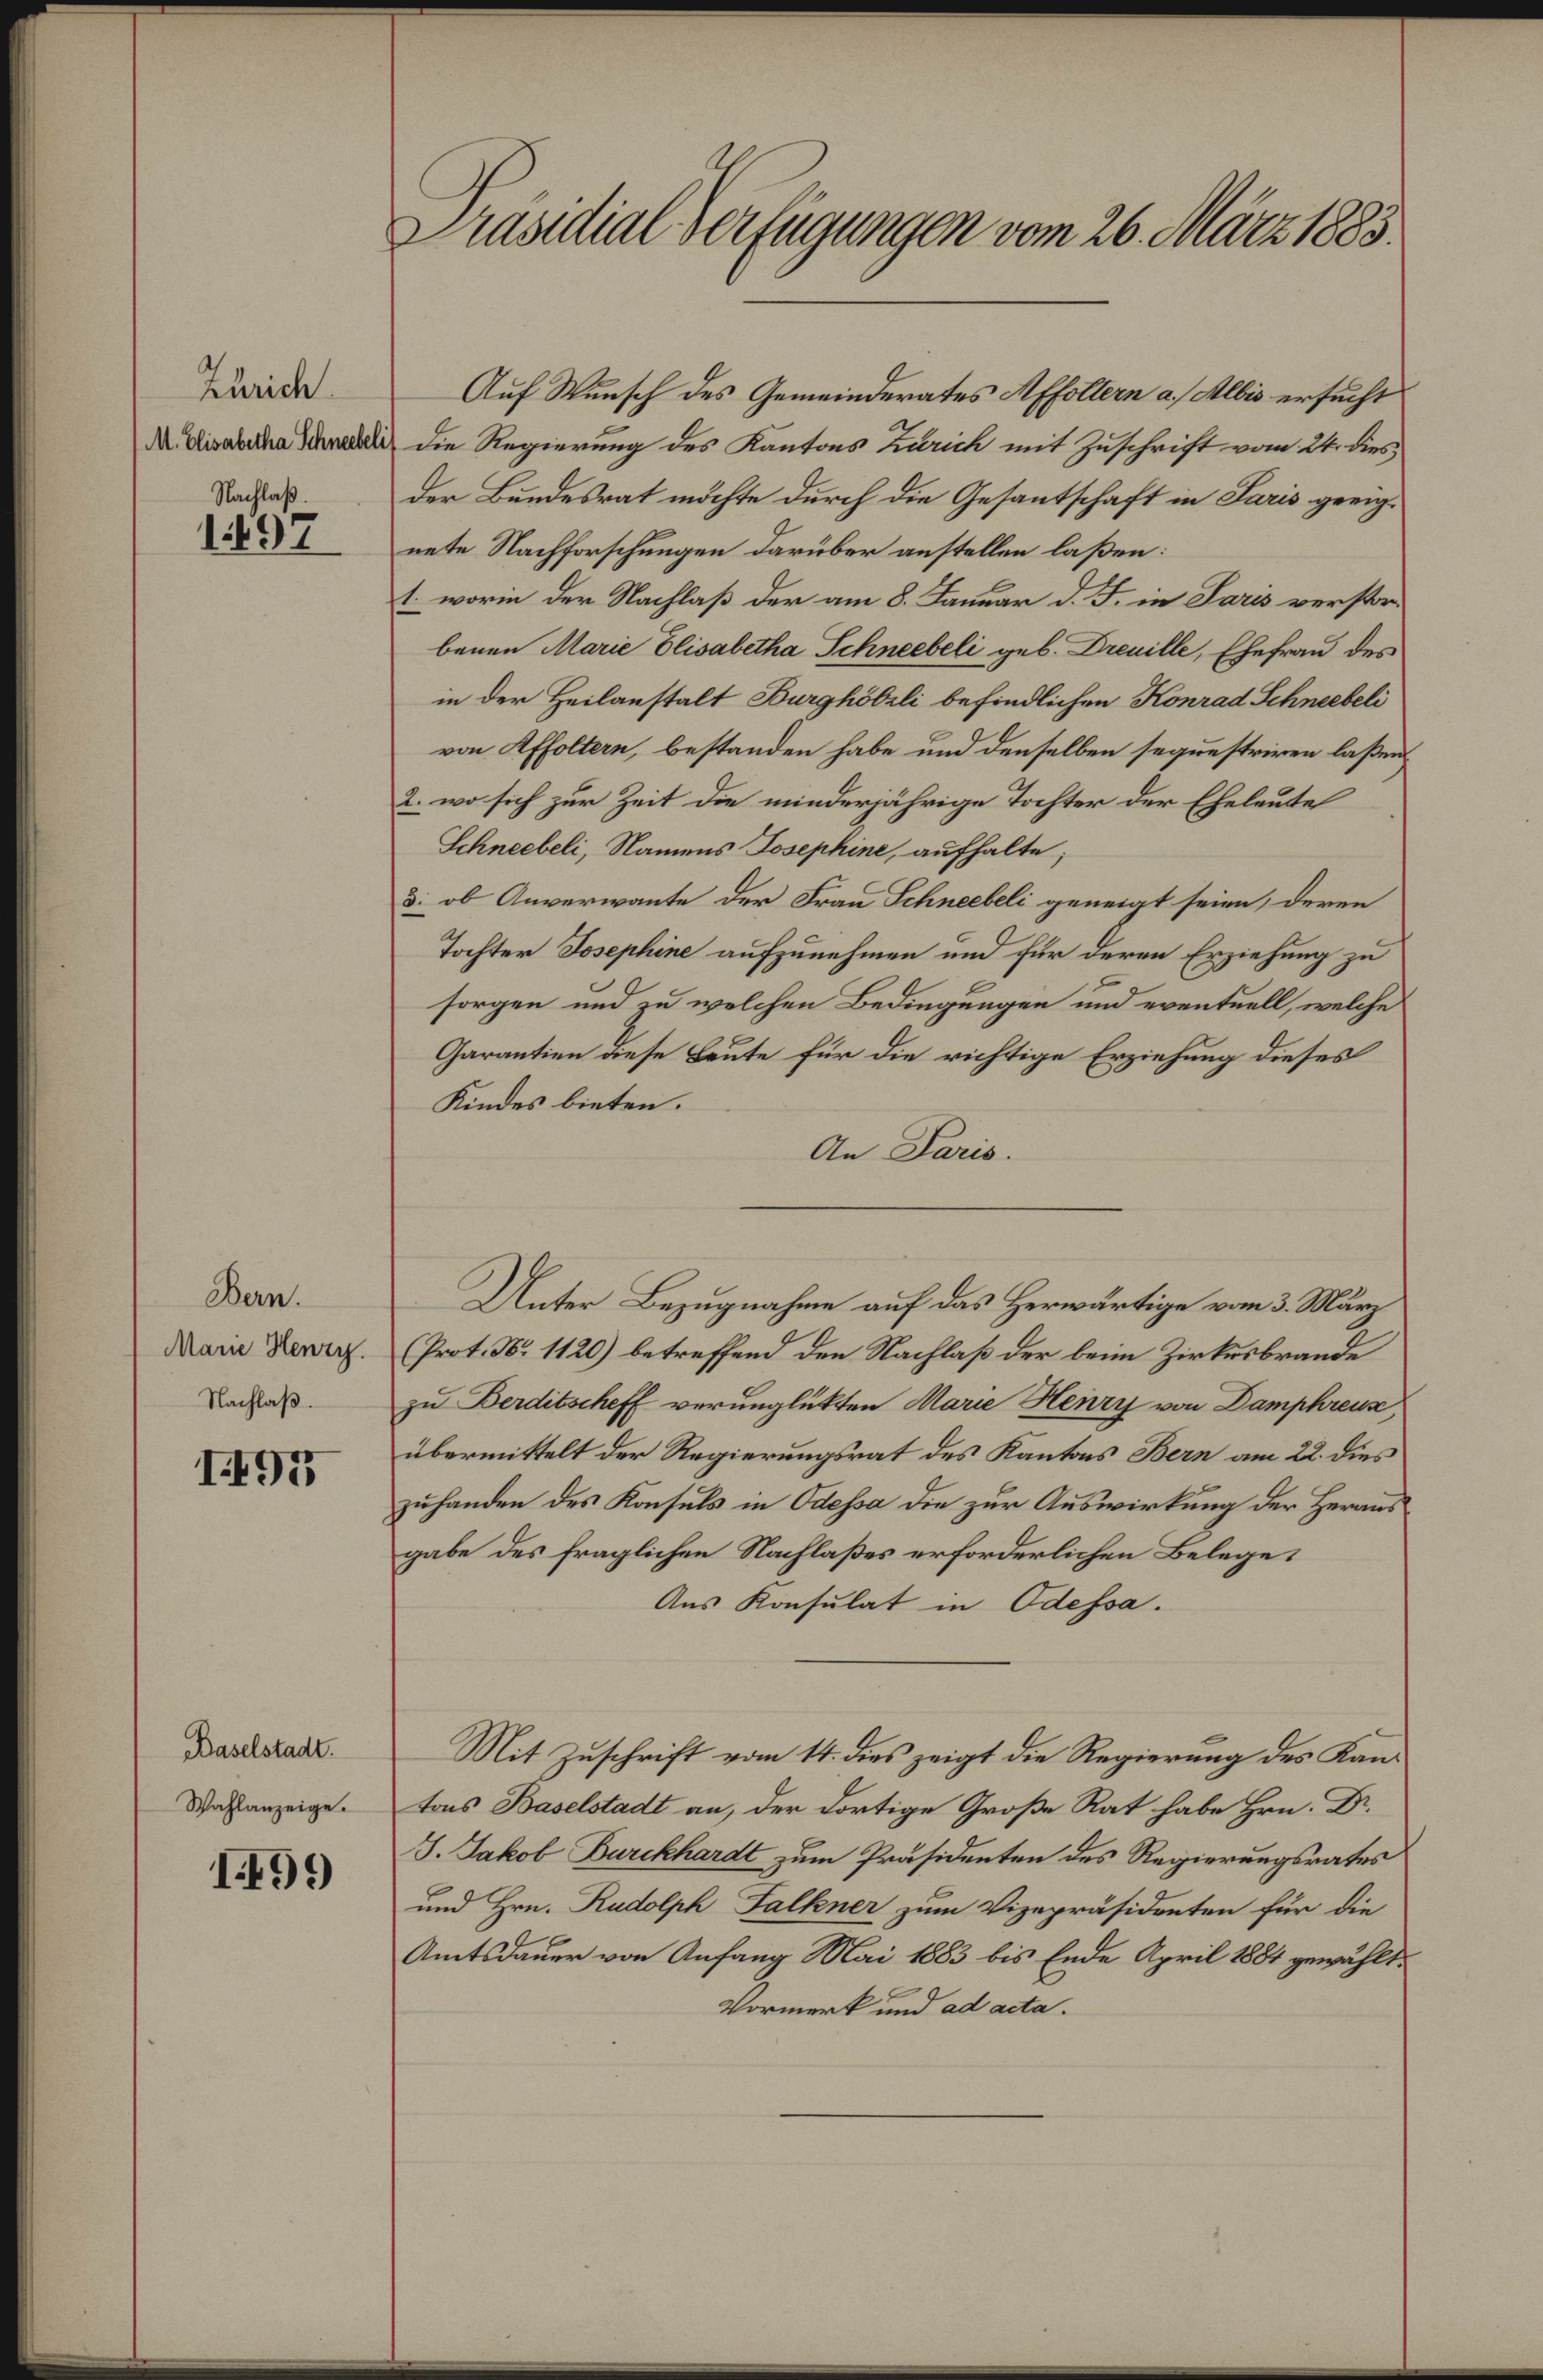
Zürich
M. Elisabetha Schneebel
Nachlaß.

1497

Bern.
Marie Henzy.
Nachlaß.

I97

Baselstadt.
Wahlanzeige.

I499

Präsidial-Verfügungen vom 26. März 1883.

Auf Wunsch des Gemeinderates Affoltern a. Albis ersucht
Die Regierung des Kantons Zürich mit Zuschrift vom 24. dies
der Bundesrat möchte durch die Gesantschaft in Paris geeignete Nachforschungen darüber anstellen laßen:
1. worin der Nachlaß der am 8. Januar d. J. in Paris verstorbenen Marie Elisabetha Schneebeli geb. Dreuille, Ehefrau des
in der Heilanstalt Burghölzli befindlichen Konrad Schneebeli
von Affoltern, bestanden habe und denselben sequestriren laßen
2. wo sich zur Zeit die minderjährige Tochter der Eheleute
Schneebeli, Namens Josephine, aufhalte;
3: ob Anverwante der Frau Schneebeli geneigt seien, deren
Tochter Josephine aufzunehmen und für deren Erziehung zu
sorgen und zu welchen Bedingungen und eventuell, welche
Garantien diese Leute für die richtige Erziehung dieses
Kindes bieten.
An Paris.
Unter Bezugnahme auf das Herwärtige vom 3. März
(Prot. N. 1120) betreffend den Nachlaß der beim Zirkusbrande
zu Berditscheff verunglükten Marie Henry von Damphreuse
übermittelt der Regierungsrat des Kantons Bern am 22. dies
zuhanden des Konsuls in Odessa die zur Auswirkung der Heraus
gabe des fraglichen Nachlaßes erforderlichen Belege
Aus Konsulat in Odessa.
Mit Zuschrift vom 14. dies zeigt die Regierung des Kan¬
.
S. Jakob Burckhardt zum Präsidenten des Regierungsrates
und Hrn. Rudolph Falkner zum Vizepräsidenten für die
Amtsdauer von Anfang Mai 1883 bis Ende April 1884 gewählt.
Vormerk und ad acta.